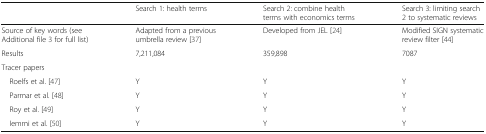
|  | Search 1: health terms | Search 2: combine health terms with economics terms | Search 3: limiting search 2 to systematic reviews |
 | --- | --- | --- | --- |
 | Source of key words (see Additional file 3 for full list) | Adapted from a previous umbrella review [37] | Developed from JEL [24] | Modified SIGN systematic review filter [44] |
 | Results | 7,211,084 | 359,898 | 7087 |
 | <COLSPAN=4> Tracer papers |
 | Roelfs et al. [47] | Y | Y | Y |
 | Parmar et al. [48] | Y | Y | Y |
 | Roy et al. [49] | Y | Y | Y |
 | Iemmi et al. [50] | Y | Y | Y |